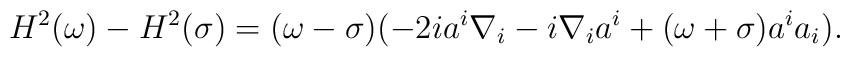
H^2(\omega)-H^2(\sigma)=(\omega-\sigma)(-2ia^i\nabla_i- i\nabla_i a^i+(\omega+\sigma)a^ia_i).